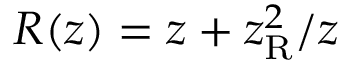
R ( z ) = z + z _ { \mathrm { R } } ^ { 2 } / z